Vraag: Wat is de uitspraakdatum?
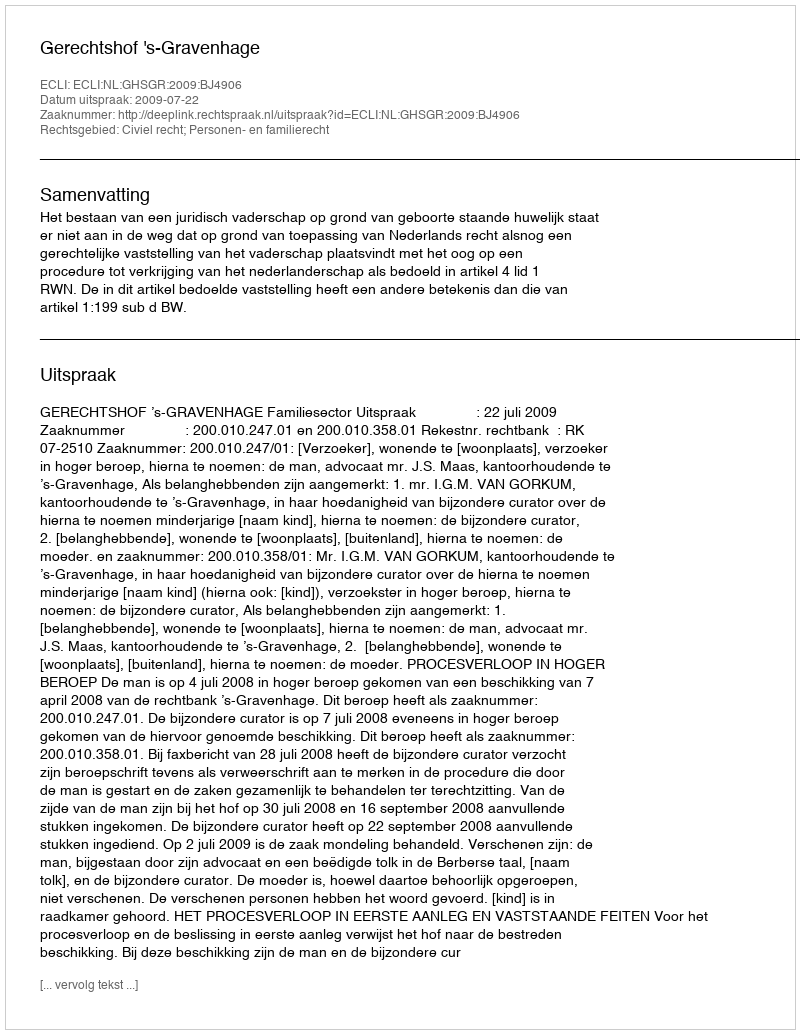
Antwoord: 2009-07-22